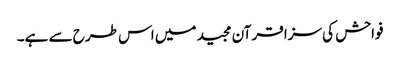
فواحش کی سزا قرآن مجید میں اس طرح سے ہے۔